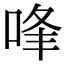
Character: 㖓